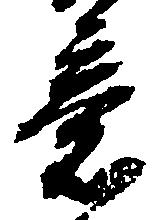
意